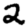
Digit: 2